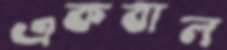
একবাল